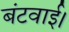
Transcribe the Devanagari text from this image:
बंटवाई।